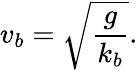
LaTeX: v_{b}=\sqrt{\frac{g}{k_{b}}}.